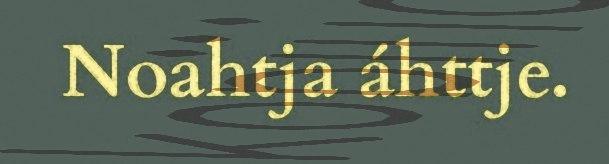
Noahtja áhttje.